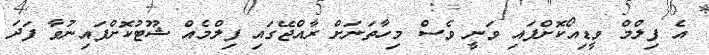
އެ ފިލްމް ވީޑިއޯކޮށްފައި ވަނީ ވެސް މިހާތަނަށް ރާއްޖޭގައި ފިލްމެއް ޝޫޓުކޮށްފައިނުވާ ފަދަ